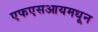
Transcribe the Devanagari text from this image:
एफएसआयमधून